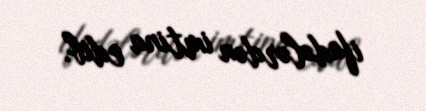
ifadələrdən imtina edib.